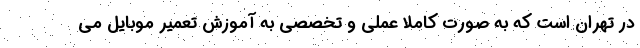
در تهران است که به صورت کاملا عملی و تخصصی به آموزش تعمیر موبایل می